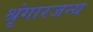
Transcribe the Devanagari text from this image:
श्रृंगारजन्य